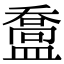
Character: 䀉